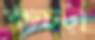
কচটা